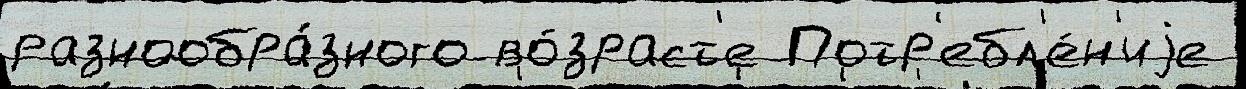
разнообра́зного во́зраст'е Потр'ебл'е́н'иjе